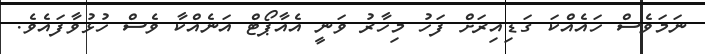
ނަމަވެސް ހައެއްކަ ގަޑިއިރަށް ފަހު މިހާރު ވަނީ އެއާޕޯޓް އަނެއްކާ ވެސް ހުޅުވާފައެވެ.